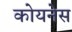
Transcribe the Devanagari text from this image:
कोयनेस